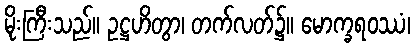
မိုးကြီးသည်။ ဥဋ္ဌဟိတွာ၊ တက်လတ်၌။ မောက္ခရဝဿံ၊